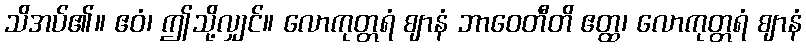
သိအပ်၏။ ဧဝံ၊ ဤသို့လျှင်။ လောကုတ္တရံ ဈာနံ ဘာဝေတီတိ ဧတ္ထ၊ လောကုတ္တရံ ဈာနံ